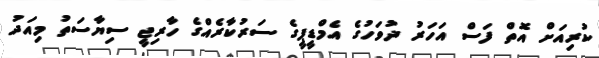
ކުރިއަށް އޮތް ފަސް އަހަރު ދުވަހުގެ އެމްޑީޕީގެ ސަރުކާރެއްގެ ހާރިޖީ ސިޔާސަތު މިއަދު